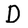
Character: D